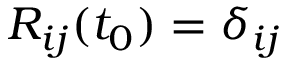
R _ { i j } ( t _ { 0 } ) = \delta _ { i j }